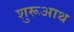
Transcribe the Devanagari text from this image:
शुरूआथ